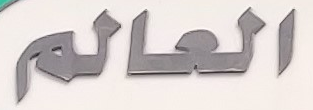
العالم